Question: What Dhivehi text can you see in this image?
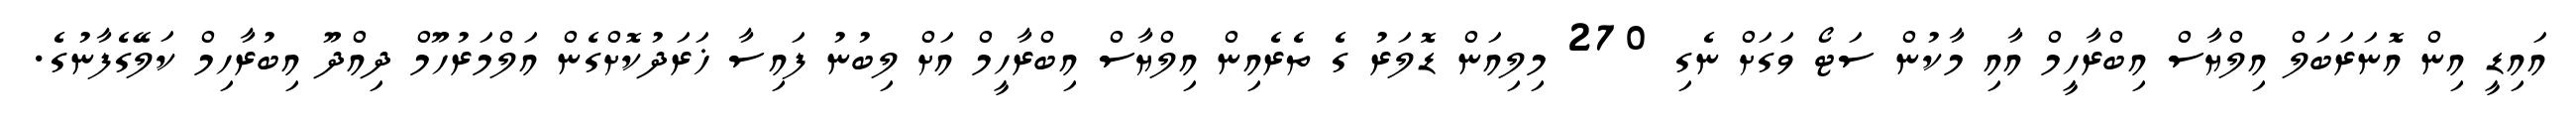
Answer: އައިޑީ އިން އޮނަރަބަލް އިލްޔާސް އިބްރާހީމް އާއި މާކުން ސަޓޯ ވަގަށް ނެގި 270 މިލިއަން ޑޮލަރު ގެ ތެރެއިން އިލްޔާސް އިބްރާހީމް އަށް ލިބުނު ފައިސާ ޚަރަދުކޮށްގެން އަލްމަރުހޫމް ދިއްދޫ އިބުރާހިމް ކަލޭގެފާނުގެ.